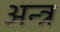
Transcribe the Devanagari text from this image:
अन्त्र